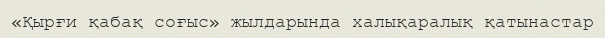
«Қырғи қабақ соғыс» жылдарында халықаралық қатынастар